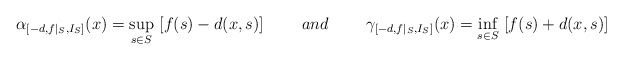
\begin{align*}\alpha_{[-d,f|_S,I_S]}(x)=\sup_{s\in S}\ [f(s)-d(x,s)]\ \ \ \ \ \ \ and\ \ \ \ \ \ \ \gamma_{[-d,f|_S,I_S]}(x)=\inf_{s\in S}\ [f(s)+d(x,s)]\end{align*}